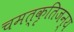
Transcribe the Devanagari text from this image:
चमत्कृतिजन्य